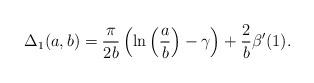
LaTeX: \begin{align*}\Delta_1(a, b) = \frac{\pi}{2b}\left(\ln\left(\frac{a}{b}\right)-\gamma\right) + \frac{2}{b}\beta^{\prime}(1).\end{align*}